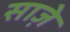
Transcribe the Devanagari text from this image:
साज़े